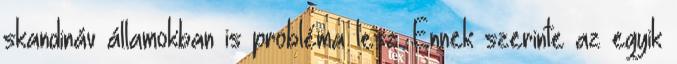
skandináv államokban is probléma lesz. Ennek szerinte az egyik